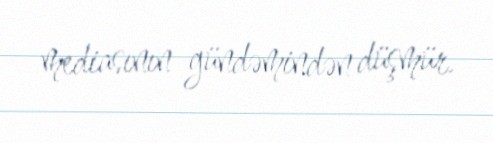
mediasının gündəmindən düşmür.